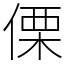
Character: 傈